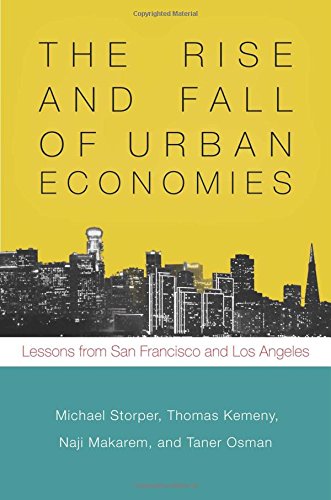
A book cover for The Rise and Fall of Urban Economies: Lessons from San Francisco and Los Angeles (Innovation and Technology in the World E); Michael Storper; Business & Money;